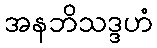
အနဘိသဒ္ဒဟံ